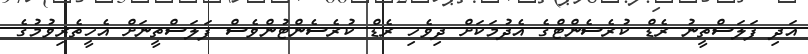
އަދި ފަލަސްތީނު ރެޑް ކުރެސެންްޓްގެ އެދުމަކަށް ދިވެހި ރެޑް ކުރެސެންޓުންވެސް ފަލަސްތީނަށް އެހީތެރިވުމުގެ